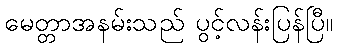
မေတ္တာအနမ်းသည် ပွင့်လန်းပြန်ပြီ။